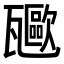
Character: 𤮥